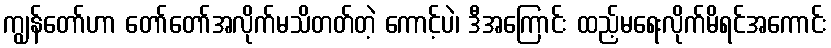
ကျွန်တော်ဟာ တော်တော်အလိုက်မသိတတ်တဲ့ ကောင့်ပဲ၊ ဒီအကြောင်း ထည့်မရေးလိုက်မိရင်အကောင်း